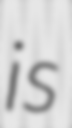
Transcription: is